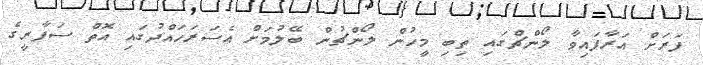
ފަރަށް އަރާފައިވާ ލޯންޗްގައި ތިބި މީހުން ލޯންޗުން ބޭލުމަށް އެސަރަހައްދުގައި އޮތް ސަފާރީގެ